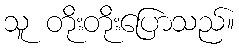
သူ တိုးတိုးပြောသည်။